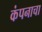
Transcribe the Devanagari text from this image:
कंपनाचा